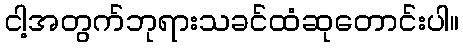
ငါ့အတွက်ဘုရားသခင်ထံဆုတောင်းပါ။